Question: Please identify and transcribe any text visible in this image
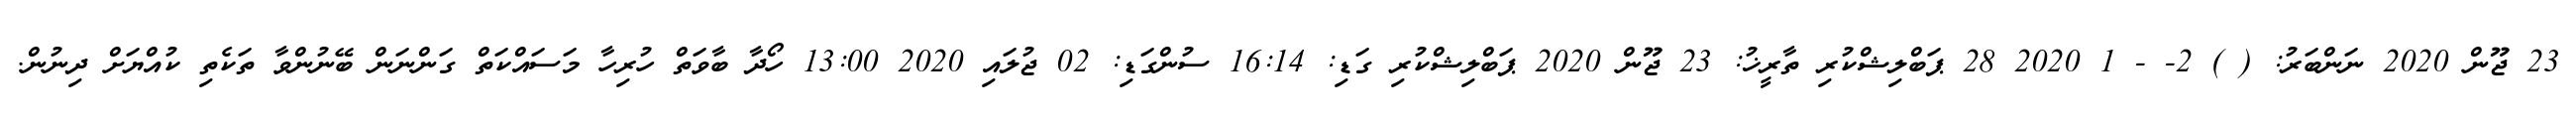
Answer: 23 ޖޫން 2020 ނަންބަރު: ( ) 2- - 1 2020 28 ޕަބްލިޝްކުރި ތާރީޚު: 23 ޖޫން 2020 ޕަބްލިޝްކުރި ގަޑި: 16:14 ސުންގަޑި: 02 ޖުލައި 2020 13:00 ހޯދާ ބާވަތް ހުރިހާ މަސައްކަތް ގަންނަން ބޭނުންވާ ތަކެތި ކުއްޔަށް ދިނުން.